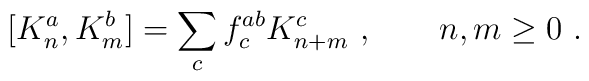
[K_n^a,K_m^b] = \sum_c f^{ab}_c K_{n+m}^c\ ,\qquad  n,m\ge 0\ .